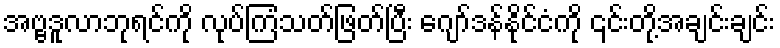
အဗ္ဗဒူလာဘုရင်ကို လုပ်ကြံသတ်ဖြတ်ပြီး ဂျော်ဒန်နိုင်ငံကို ၎င်းတို့အချင်းချင်း